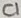
Text: C1